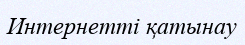
Интернетті қатынау